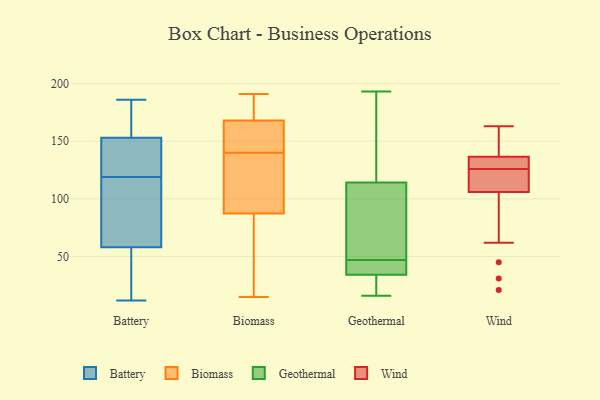
{"axis": {"x": "Churn Rate (%)", "y": "Value"}, "legend": ["Battery", "Biomass", "Geothermal", "Wind"], "data": [{"x": "", "y": 102, "type": "Battery"}, {"x": "", "y": 185, "type": "Battery"}, {"x": "", "y": 12, "type": "Battery"}, {"x": "", "y": 57, "type": "Battery"}, {"x": "", "y": 142, "type": "Battery"}, {"x": "", "y": 58, "type": "Battery"}, {"x": "", "y": 151, "type": "Battery"}, {"x": "", "y": 80, "type": "Battery"}, {"x": "", "y": 186, "type": "Battery"}, {"x": "", "y": 82, "type": "Battery"}, {"x": "", "y": 153, "type": "Battery"}, {"x": "", "y": 136, "type": "Battery"}, {"x": "", "y": 14, "type": "Battery"}, {"x": "", "y": 186, "type": "Battery"}, {"x": "", "y": 126, "type": "Biomass"}, {"x": "", "y": 98, "type": "Biomass"}, {"x": "", "y": 153, "type": "Biomass"}, {"x": "", "y": 46, "type": "Biomass"}, {"x": "", "y": 168, "type": "Biomass"}, {"x": "", "y": 157, "type": "Biomass"}, {"x": "", "y": 181, "type": "Biomass"}, {"x": "", "y": 15, "type": "Biomass"}, {"x": "", "y": 168, "type": "Biomass"}, {"x": "", "y": 112, "type": "Biomass"}, {"x": "", "y": 55, "type": "Biomass"}, {"x": "", "y": 140, "type": "Biomass"}, {"x": "", "y": 191, "type": "Biomass"}, {"x": "", "y": 22, "type": "Geothermal"}, {"x": "", "y": 35, "type": "Geothermal"}, {"x": "", "y": 39, "type": "Geothermal"}, {"x": "", "y": 52, "type": "Geothermal"}, {"x": "", "y": 101, "type": "Geothermal"}, {"x": "", "y": 16, "type": "Geothermal"}, {"x": "", "y": 193, "type": "Geothermal"}, {"x": "", "y": 166, "type": "Geothermal"}, {"x": "", "y": 75, "type": "Geothermal"}, {"x": "", "y": 154, "type": "Geothermal"}, {"x": "", "y": 45, "type": "Geothermal"}, {"x": "", "y": 19, "type": "Geothermal"}, {"x": "", "y": 43, "type": "Geothermal"}, {"x": "", "y": 182, "type": "Geothermal"}, {"x": "", "y": 32, "type": "Geothermal"}, {"x": "", "y": 47, "type": "Geothermal"}, {"x": "", "y": 84, "type": "Geothermal"}, {"x": "", "y": 147, "type": "Wind"}, {"x": "", "y": 134, "type": "Wind"}, {"x": "", "y": 130, "type": "Wind"}, {"x": "", "y": 107, "type": "Wind"}, {"x": "", "y": 163, "type": "Wind"}, {"x": "", "y": 45, "type": "Wind"}, {"x": "", "y": 139, "type": "Wind"}, {"x": "", "y": 140, "type": "Wind"}, {"x": "", "y": 120, "type": "Wind"}, {"x": "", "y": 31, "type": "Wind"}, {"x": "", "y": 159, "type": "Wind"}, {"x": "", "y": 126, "type": "Wind"}, {"x": "", "y": 105, "type": "Wind"}, {"x": "", "y": 126, "type": "Wind"}, {"x": "", "y": 132, "type": "Wind"}, {"x": "", "y": 123, "type": "Wind"}, {"x": "", "y": 62, "type": "Wind"}, {"x": "", "y": 128, "type": "Wind"}, {"x": "", "y": 21, "type": "Wind"}, {"x": "", "y": 116, "type": "Wind"}]}